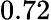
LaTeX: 0.72